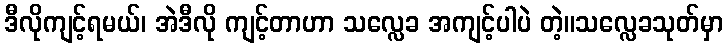
ဒီလိုကျင့်ရမယ်၊ အဲဒီလို ကျင့်တာဟာ သလ္လေခ အကျင့်ပါပဲ တဲ့။သလ္လေခသုတ်မှာ